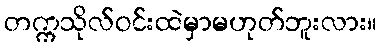
တက္ကသိုလ်ဝင်းထဲမှာမဟုတ်ဘူးလား။